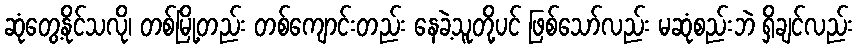
ဆုံတွေ့နိုင်သလို၊ တစ်မြို့တည်း တစ်ကျောင်းတည်း နေခဲ့သူတို့ပင် ဖြစ်သော်လည်း မဆုံစည်းဘဲ ရှိချင်လည်း